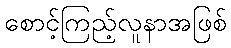
စောင့်ကြည့်လူနာအဖြစ်